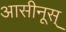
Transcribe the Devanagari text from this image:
आसीनूस्